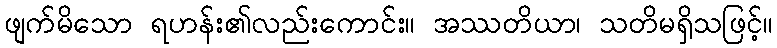
ဖျက်မိသော ရဟန်း၏လည်းကောင်း။ အဿတိယာ၊ သတိမရှိသဖြင့်။